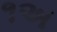
૧અ